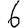
Digit: 6